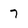
Character: 7